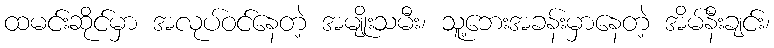
ထမင်းဆိုင်မှာ အလုပ်ဝင်နေတဲ့ အမျိုးသမီး၊ သူ့ဘေးအခန်းမှာနေတဲ့ အိမ်နီးချင်း၊